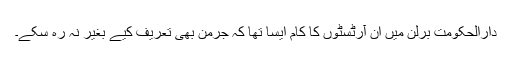
دارالحکومت برلن میں ان آرٹسٹوں کا کام ایسا تھا کہ جرمن بھی تعریف کیے بغیر نہ رہ سکے۔